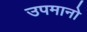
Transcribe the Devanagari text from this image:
उपमानो